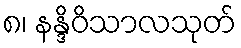
၈၊ နန္ဒိဝိသာလသုတ်